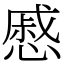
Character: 慼